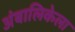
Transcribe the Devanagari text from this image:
अंबालिकेला